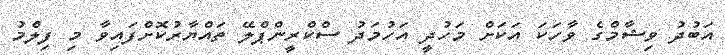
އަބުދު ވިޝާމްގެ ވާހަކަ އަކަށް މަހުދީ އަހުމަދު ސްކްރީންޕްލޭ ތައްޔާރުކޮށްފައިވާ މި ފިލްމު